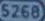
5268